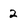
Character: 2